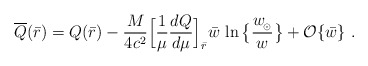
\begin{align*}\overline Q(\bar r)=Q(\bar r)-{M\over 4c^2}\Big[{1\over\mu}{d Q\over d\mu}\Big]_{\bar r}\bar w\,\ln \big\{ {w_{\!_\odot} \over w} \big\} +{\cal O}\{\bar w\}\ .\end{align*}